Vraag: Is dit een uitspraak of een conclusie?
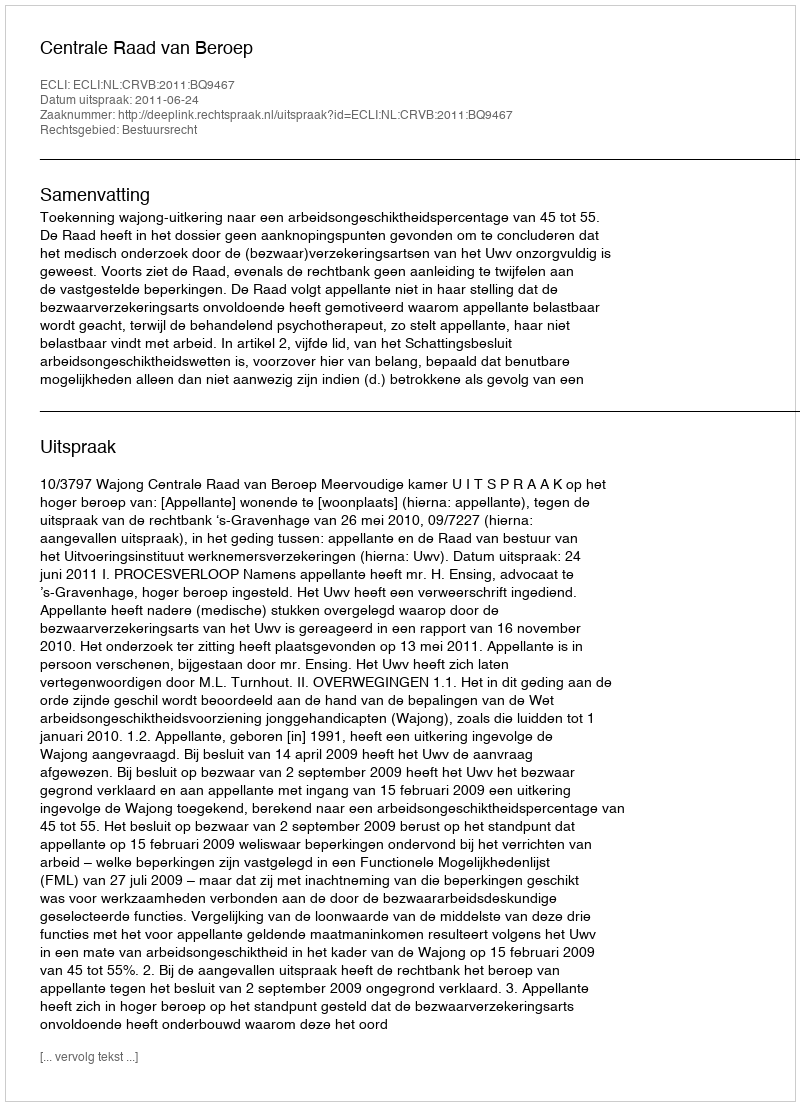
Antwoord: Uitspraak